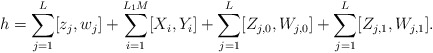
\begin{align*}h=\sum_{j=1}^{L} [z_j,w_j]+\sum_{i=1}^{L_1M} [X_i,Y_i]+\sum_{j=1}^L[Z_{j,0},W_{j,0}]+\sum_{j=1}^L[Z_{j,1},W_{j,1}].\end{align*}